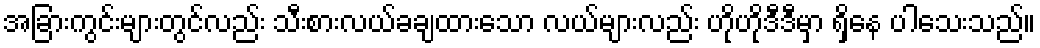
အခြားကွင်းများတွင်လည်း သီးစားလယ်ခချထားသော လယ်များလည်း ဟိုဟိုဒီဒီမှာ ရှိနေ ပါသေးသည်။